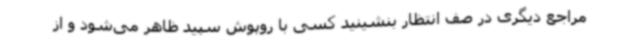
مراجع دیگری در صف انتظار بنشینید کسی با روپوش سپید ظاهر می‌شود و از